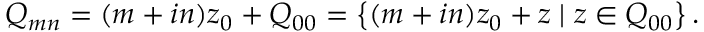
Q _ { m n } = ( m + i n ) z _ { 0 } + Q _ { 0 0 } = \left\{ ( m + i n ) z _ { 0 } + z \mid z \in Q _ { 0 0 } \right\} .